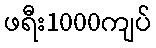
ဖရီး1000ကျပ်